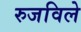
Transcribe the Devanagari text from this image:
रुजविले